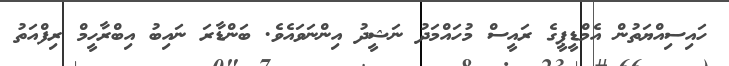
ހައިސިއްޔަތުން އެމްޑީޕީގެ ރައީސް މުހައްމަދު ނަޝީދު އިންނަވައެވެ. ބަންޑާރަ ނައިބު އިބްރާހީމް ރިފްއަތު